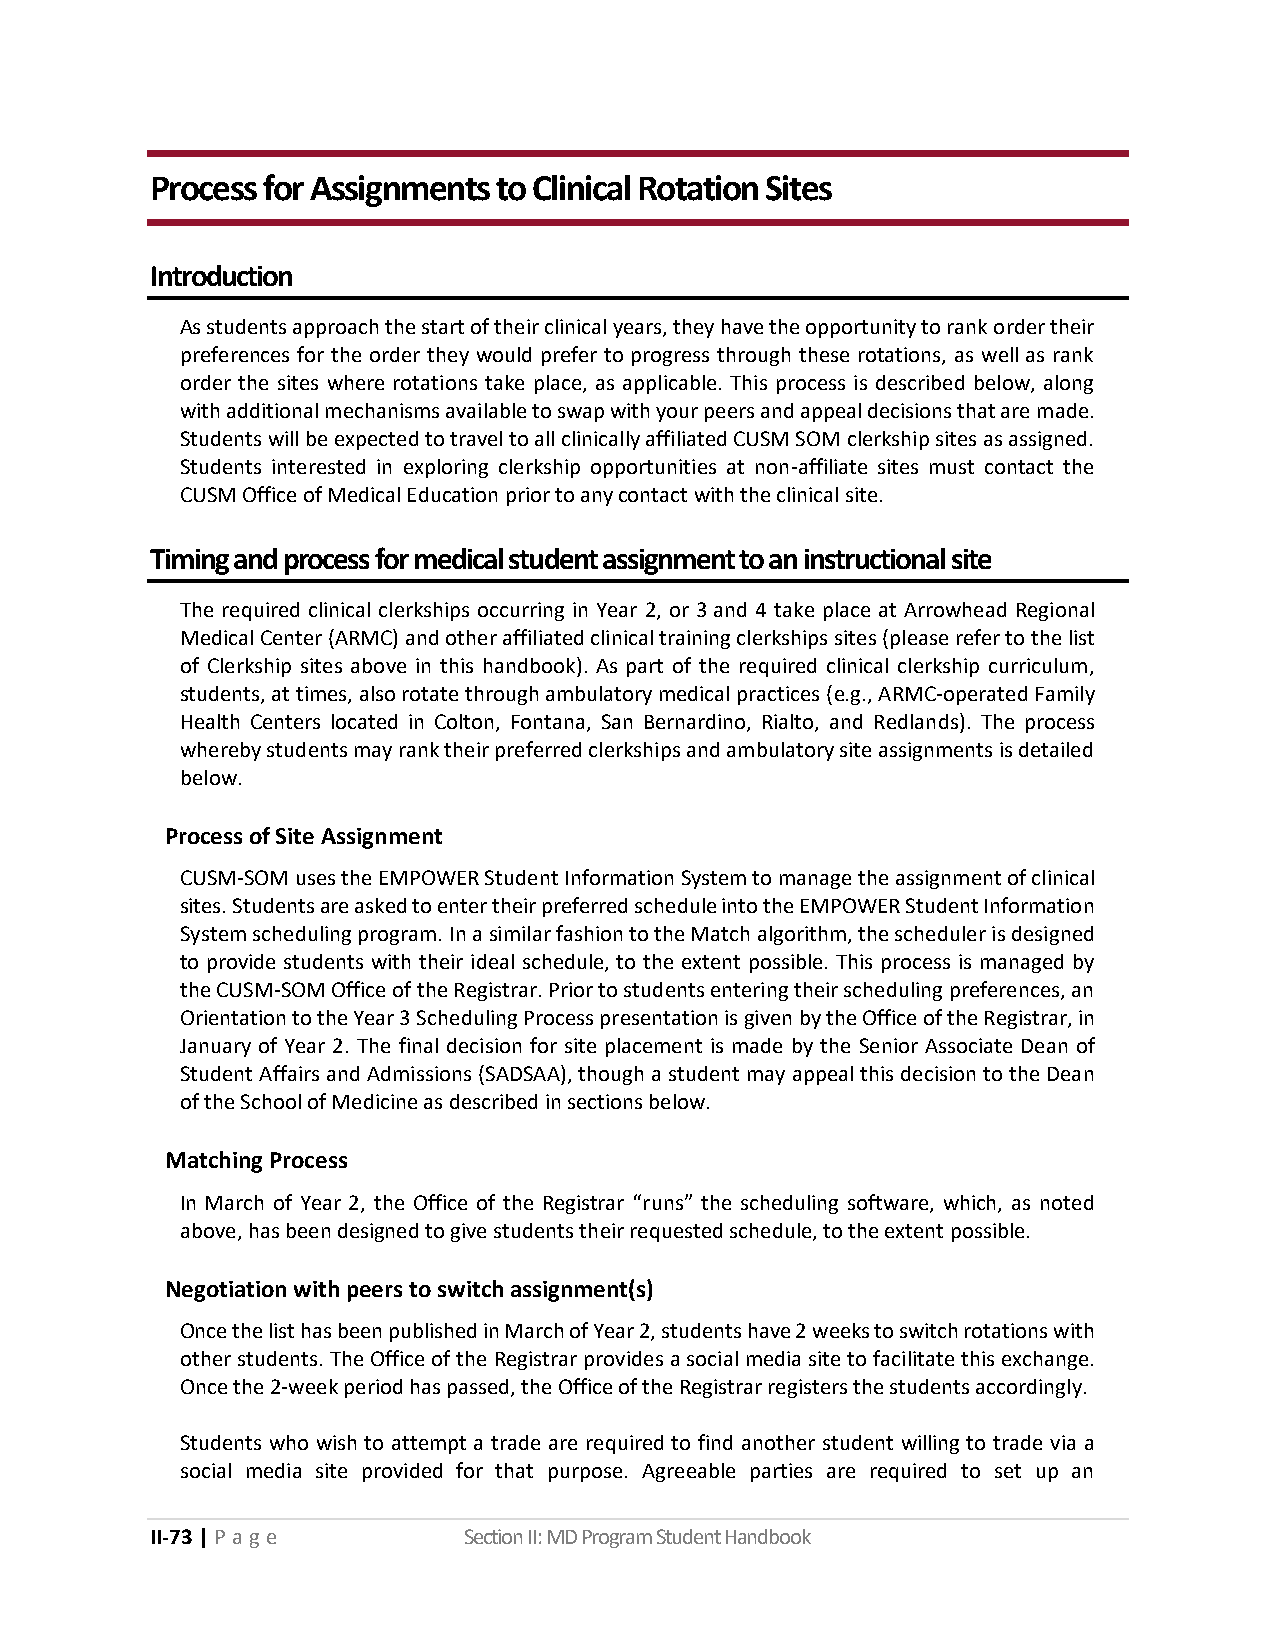
Process for Assignments to Clinical Rotation Sites
 Introduction
 As students approach the start of their clinical years, they have the opportunity to rank order their
 preferences for the order they would prefer to progress through these rotations, as well as rank
 order the sites where rotations take place, as applicable. This process is described below, along
 with additional mechanisms available to swap with your peers and appeal decisions that are made.
 Students will be expected to travel to all clinically affiliated CUSM SOM clerkship sites as assigned.
 Students interested in exploring clerkship opportunities at non-affiliate sites must contact the
 CUSM Office of Medical Education prior to any contact with the clinical site.
 Timing and process for medical student assignment to an instructional site
 The required clinical clerkships occurring in Year 2, or 3 and 4 take place at Arrowhead Regional
 Medical Center (ARMC) and other affiliated clinical training clerkships sites (please refer to the list
 of Clerkship sites above in this handbook). As part of the required clinical clerkship curriculum,
 students, at times, also rotate through ambulatory medical practices (e.g., ARMC-operated Family
 Health Centers located in Colton, Fontana, San Bernardino, Rialto, and Redlands). The process
 whereby students may rank their preferred clerkships and ambulatory site assignments is detailed
 below.
 Process of Site Assignment
 CUSM-SOM uses the EMPOWER Student Information System to manage the assignment of clinical
 sites. Students are asked to enter their preferred schedule into the EMPOWER Student Information
 System scheduling program. In a similar fashion to the Match algorithm, the scheduler is designed
 to provide students with their ideal schedule, to the extent possible. This process is managed by
 the CUSM-SOM Office of the Registrar. Prior to students entering their scheduling preferences, an
 Orientation to the Year 3 Scheduling Process presentation is given by the Office of the Registrar, in
 January of Year 2. The final decision for site placement is made by the Senior Associate Dean of
 Student Affairs and Admissions (SADSAA), though a student may appeal this decision to the Dean
 of the School of Medicine as described in sections below.
 Matching Process
 In March of Year 2, the Office of the Registrar “runs” the scheduling software, which, as noted
 above, has been designed to give students their requested schedule, to the extent possible.
 Negotiation with peers to switch assignment(s)
 Once the list has been published in March of Year 2, students have 2 weeks to switch rotations with
 other students. The Office of the Registrar provides a social media site to facilitate this exchange.
 Once the 2-week period has passed, the Office of the Registrar registers the students accordingly.
 Students who wish to attempt a trade are required to find another student willing to trade via a
 social media site provided for that purpose. Agreeable parties are required to set up an
 II-73 | P a g e      Section II: MD Program Student Handbook